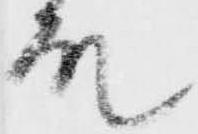
殿